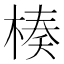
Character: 楱